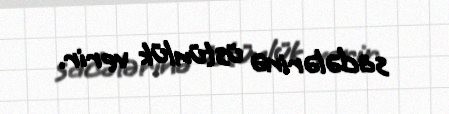
sadələrinə üstünlük verir.